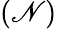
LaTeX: (\mathscr{N})